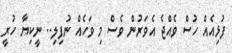
ފުޅިއެއް ހުސް ވެއްޖެ އެވަރުން ވެސް މި ވަހެއް ނުފިލި.. ނީކިޔާ ހުރީ